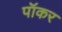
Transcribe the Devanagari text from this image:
पॉकर